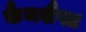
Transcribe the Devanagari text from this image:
कैमशैफ्ट